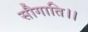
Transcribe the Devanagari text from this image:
सौगाति।।